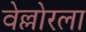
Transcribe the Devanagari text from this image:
वेल्लोरला